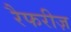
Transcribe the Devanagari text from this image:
रैफरीज़